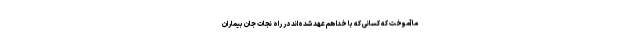
ما آموخت که کسانی که با خدا هم عهد شده‌اند در راه نجات جان بیماران